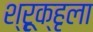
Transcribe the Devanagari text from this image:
श्रूृृक्हृला